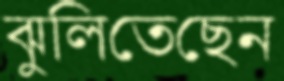
ঝুলিতেছেন